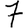
Digit: 7